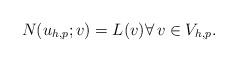
LaTeX: \begin{align*}N(u_{h, p}; v) = L(v) \forall \, v \in V_{h, p} . \end{align*}